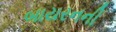
બાયરનની